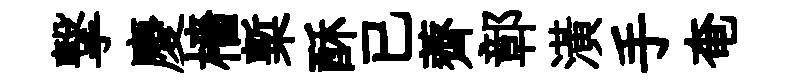
撃慶檣槧酥已薺鄣潢手奄